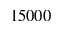
1 5 0 0 0